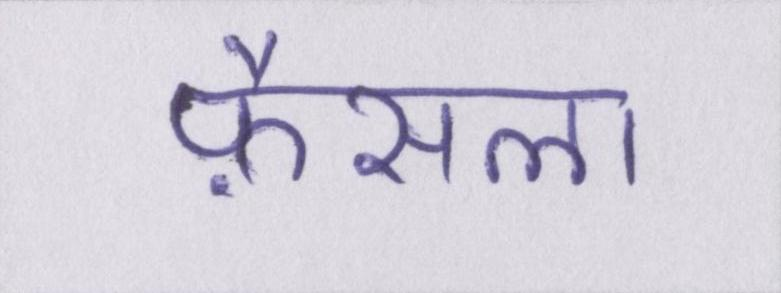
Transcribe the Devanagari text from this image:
फ़ैसला